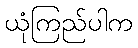
ယုံကြည်ပါက